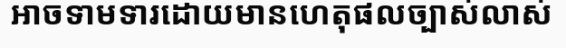
អាចទាមទារដោយមានហេតុផលច្បាស់លាស់